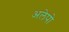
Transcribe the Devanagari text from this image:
अलेपो